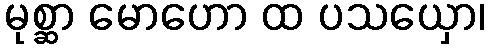
မုစ္ဆာ မောဟော ထ ပသယှော၊